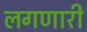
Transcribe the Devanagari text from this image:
लगणारी